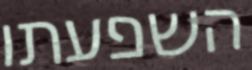
השפעתו